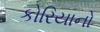
કોરિયાનો